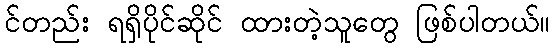
င်တည်း ရရှိပိုင်ဆိုင် ထားတဲ့သူတွေ ဖြစ်ပါတယ်။